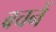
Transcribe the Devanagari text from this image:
बचनें